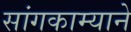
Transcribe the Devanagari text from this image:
सांगकाम्याने